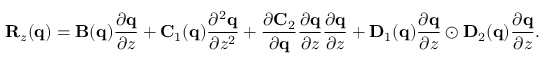
\mathbf { R } _ { z } ( \mathbf { q } ) = \mathbf { B } ( \mathbf { q } ) \frac { \partial \mathbf { q } } { \partial z } + \mathbf { C } _ { 1 } ( \mathbf { q } ) \frac { \partial ^ { 2 } \mathbf { q } } { \partial z ^ { 2 } } + \frac { \partial \mathbf { C } _ { 2 } } { \partial \mathbf { q } } \frac { \partial \mathbf { q } } { \partial z } \frac { \partial \mathbf { q } } { \partial z } + \mathbf { D } _ { 1 } ( \mathbf { q } ) \frac { \partial \mathbf { q } } { \partial z } \odot \mathbf { D } _ { 2 } ( \mathbf { q } ) \frac { \partial \mathbf { q } } { \partial z } .